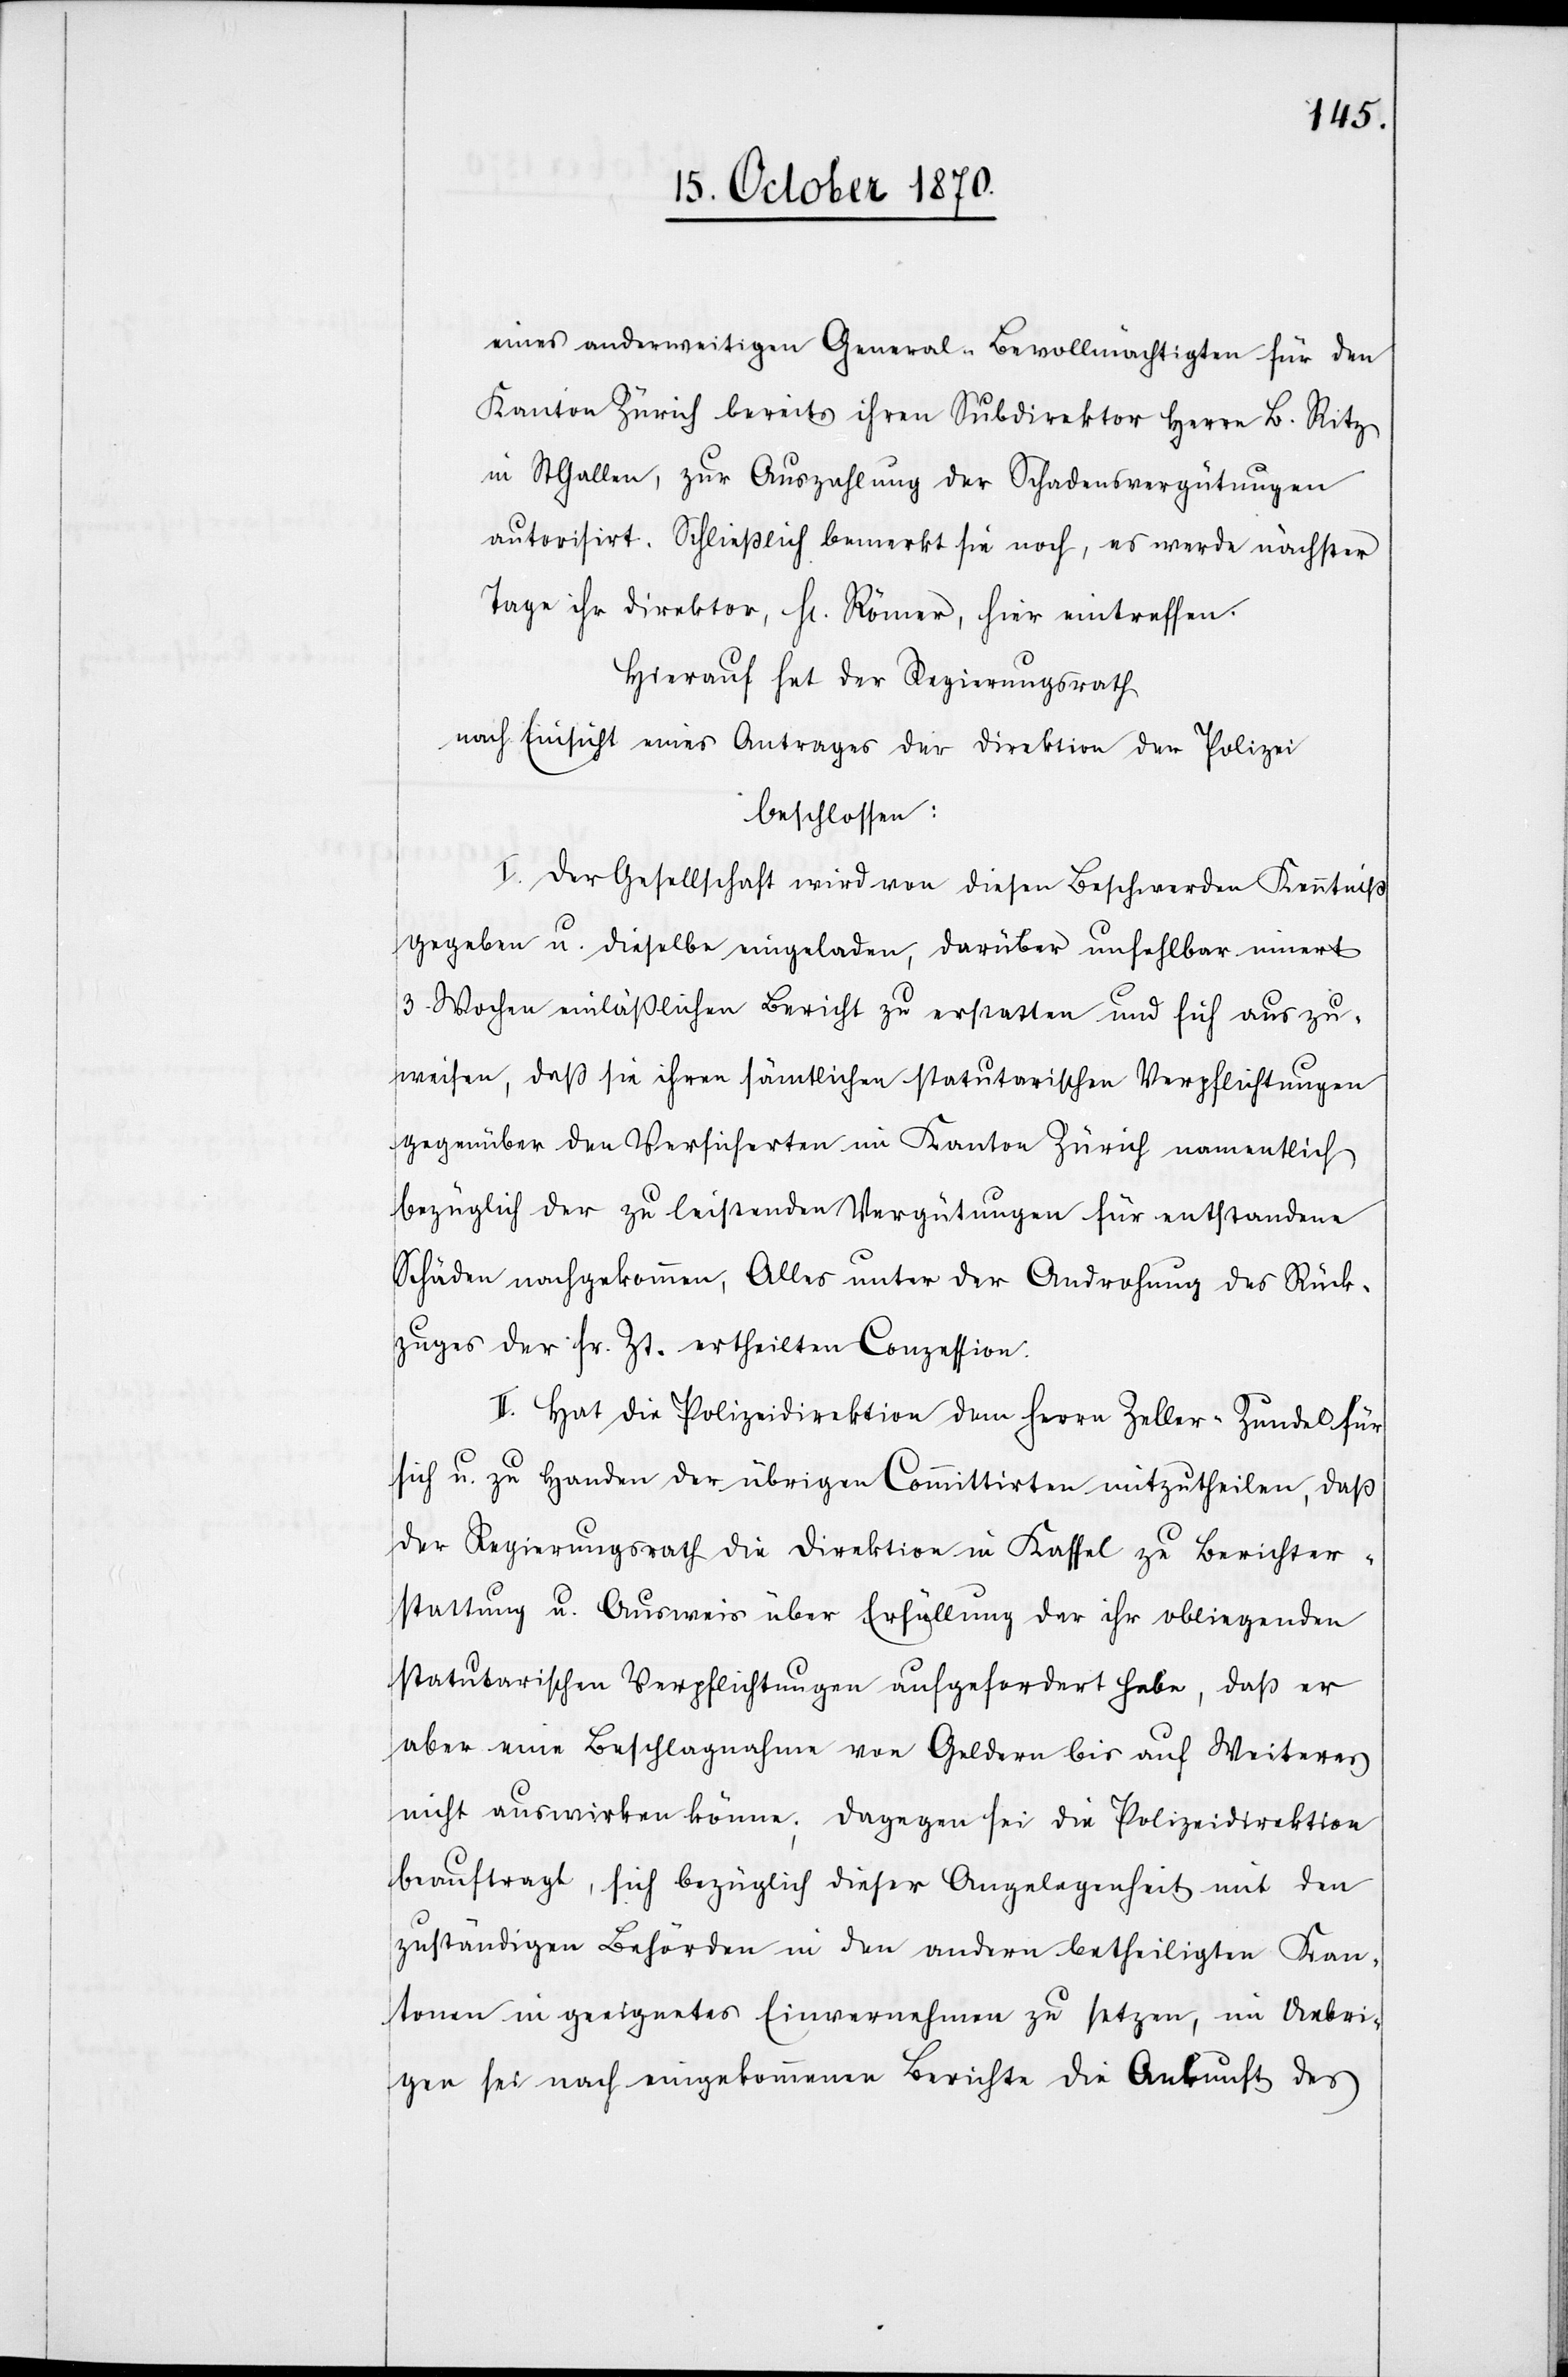
eines anderweitigen General-Bevollmächtigten für den
Kanton Zürich bereits ihren Subdirektor Herrn B. Ritz
in St. Gallen, zur Auszahlung der Schadensvergütungen
autorisirt. Schließlich bemerkt sie noch, es werde nächster
Tage ihr Direktor, H. Römer, hier eintreffen.
Hierauf hat der Regierungsrath
nach Einsicht eines Antrages der Direktion der Polizei
beschlossen:
I. Der Gesellschaft wird von diesen Beschwerden Kenntniß
gegeben u. dieselbe eingeladen, darüber unfehlbar innert
3. Wochen einläßlichen Bericht zu erstatten und sich auszu¬
weisen, daß sie ihren sämtlichen statuarischen Verpflichtungen
gegenüber den Versicherten im Kanton Zürich namentlich
bezüglich der zu leistenden Vergütungen für entstandene
Schäden nachgekommen, Alles unter der Androhung des Rück¬
zuges der sr. Zt. ertheilten Conzession.
II. Hat die Polizeidirektion dem Herrn Zeller-Zundel für
sich u. zu Handen der übrigen Committirten mitzutheilen, daß
der Regierungsrath die Direktion in Kassel zu Berichter¬
stattung u. Ausweis über Erfüllung der ihr obliegenden
statuarischen Verpflichtungen aufgefordert habe, daß er
aber eine Beschlagnahme von Geldern bis auf Weiteres
nicht auswirken könne; dagegen sei die Polizeidirektion
beauftragt, sich bezüglich dieser Angelegenheit mit den
zuständigen Behörden in den andern betheiligten Kan¬
tonen in geeignetes Einvernehmen zu setzen, im Uebri¬
gen sei nach eingekommenen Berichte die Auskunft des